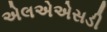
એલએએસડી